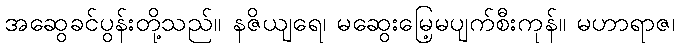
အဆွေခင်ပွန်းတို့သည်။ နဇိယျရေ၊ မဆွေးမြေ့မပျက်စီးကုန်။ မဟာရာဇ၊